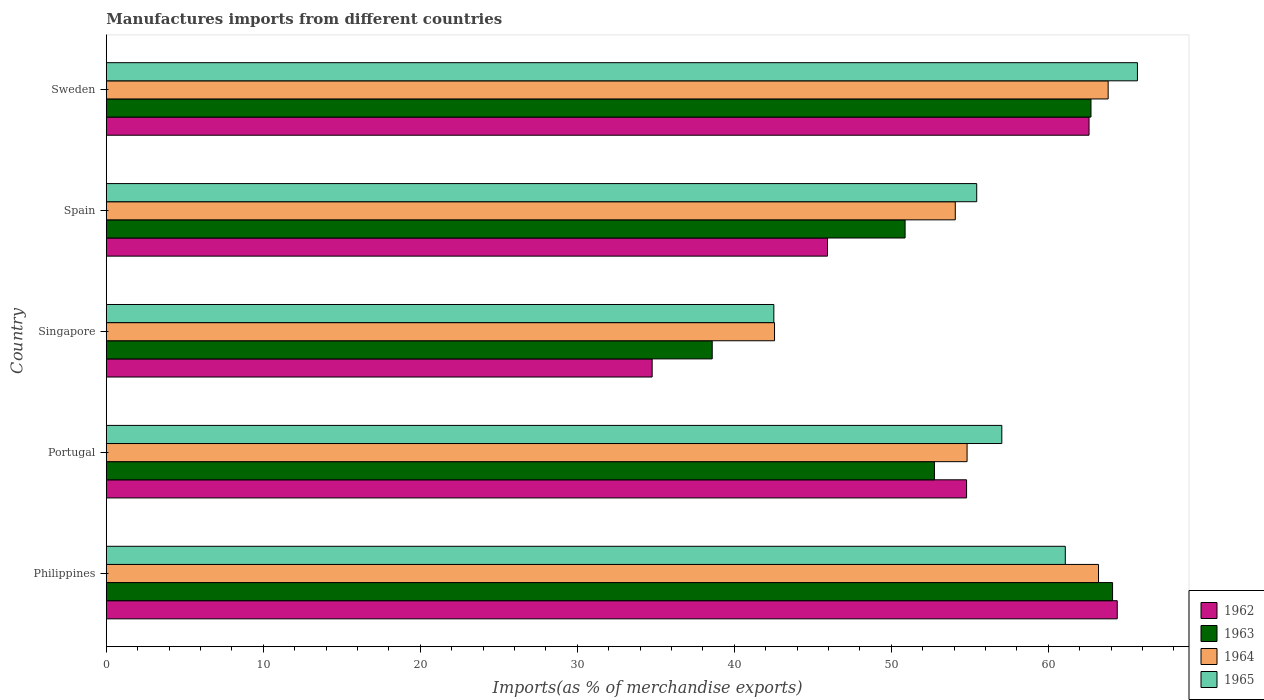
| Country | 1962 | 1963 | 1964 | 1965 |
 | --- | --- | --- | --- | --- |
 | Philippines | 64.4 | 64.1 | 63.2 | 61.1 |
 | Portugal | 54.8 | 52.8 | 54.8 | 57 |
 | Singapore | 34.8 | 38.6 | 42.6 | 42.5 |
 | Spain | 45.9 | 50.9 | 54.1 | 55.4 |
 | Sweden | 62.6 | 62.7 | 63.8 | 65.7 |